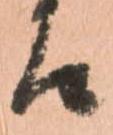
候